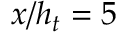
x / h _ { t } = 5